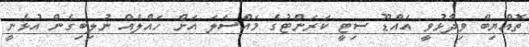
ތޮއްޔިބް ވިދާޅުވީ އައްޑޫ ސިޓީ ކަރަންޓުގެ މައްސަލަ އަށް ހައްލެއް ނުލިބިގެން އުޅެނީ